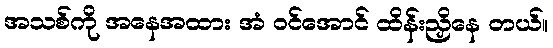
အသစ်ကို အနေအထား အံ ဝင်အောင် ထိန်းညှိနေ တယ်။